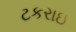
ટકરાઇ